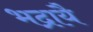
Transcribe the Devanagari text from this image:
भद्रायै